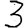
Digit: 3